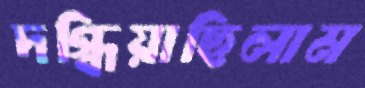
দগ্ধিয়াছিলাম